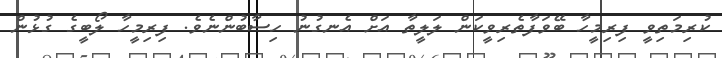
ކުރިމަތިވީ ފިރިމީހާ ބޭވަފާތެރިވީކަން ލަލީތާ އަށް އެނގުނު ހިސާބުންނެވެ. ފިރިމީހާ ލޯބީގެ ގުޅުން